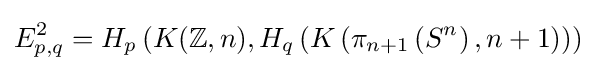
E_{p,q}^{2}=H_{p}\left(K(\mathbb {Z} ,n),H_{q}\left(K\left(\pi _{n+1}\left(S^{n}\right),n+1\right)\right)\right)